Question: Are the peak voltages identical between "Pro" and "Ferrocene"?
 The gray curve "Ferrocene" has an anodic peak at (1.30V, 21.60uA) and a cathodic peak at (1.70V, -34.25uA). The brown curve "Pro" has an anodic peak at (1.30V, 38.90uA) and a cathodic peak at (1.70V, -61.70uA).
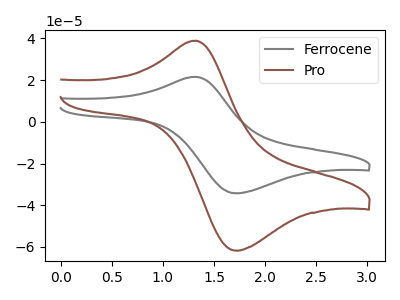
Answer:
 <answer>Yes, "Pro" have a peak in "Ferrocene" at the same potential.</answer>
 <eval>match</eval>